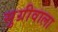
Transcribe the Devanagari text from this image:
सुग्रीवाला